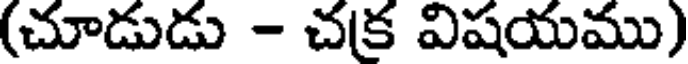
(చూడుడు - చక విషయము)